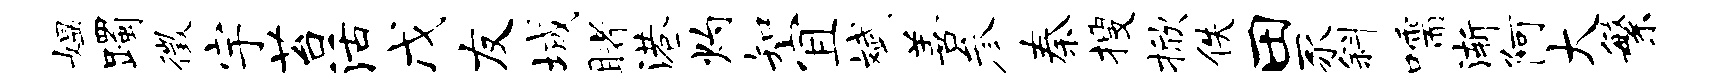
媪躅徵宇苔活戊友城睹港灼知宜斌善参秦搜掀佚田豕斜嚅渐阿大繁